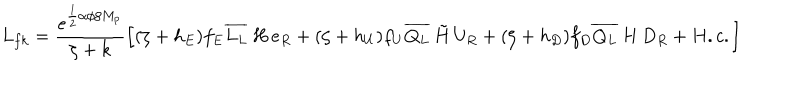
LaTeX: L _ { f k } = \frac { e ^ { \frac { 1 } { 2 } \alpha \phi / M _ { p } } } { \zeta + k } \left[ ( \zeta + h _ { E } ) f _ { E } \overline { { { L _ { L } } } } \, H \, e _ { R } + ( \zeta + h _ { U } ) f _ { U } \overline { { { Q _ { L } } } } \, \tilde { H } \, U _ { R } + ( \zeta + h _ { D } ) f _ { D } \overline { { { Q _ { L } } } } \, H \, D _ { R } + H . c . \right]